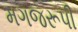
મગજરૂપી